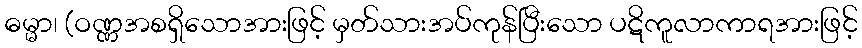
ဓမ္မာ၊ (ဝဏ္ဏအစရှိသောအားဖြင့် မှတ်သားအပ်ကုန်ပြီးသော ပဋိကူလာကာရအားဖြင့်